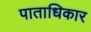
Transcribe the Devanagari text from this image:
पाताधिकार